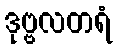
ဒုဗ္ဗလတရံ